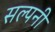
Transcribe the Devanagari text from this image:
सल्पनी